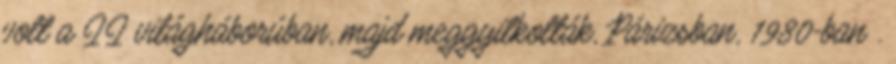
volt a II világháborúban, majd meggyilkolták, Párizsban, 1980-ban .